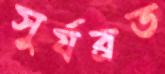
সুর্যব্রত